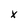
Character: x